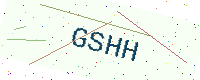
Text: GSHH